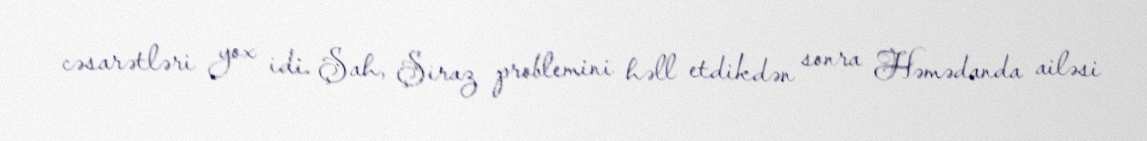
cəsarətləri yox idi. Şah, Şiraz problemini həll etdikdən sonra Həmədanda ailəsi